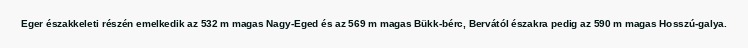
Eger északkeleti részén emelkedik az 532 m magas Nagy-Eged és az 569 m magas Bükk-bérc, Bervától északra pedig az 590 m magas Hosszú-galya.